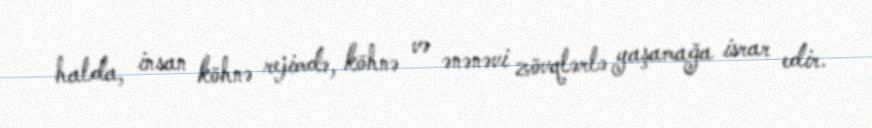
halda, insan köhnə rejimdə, köhnə və ənənəvi zövqlərlə yaşamağa israr edir.